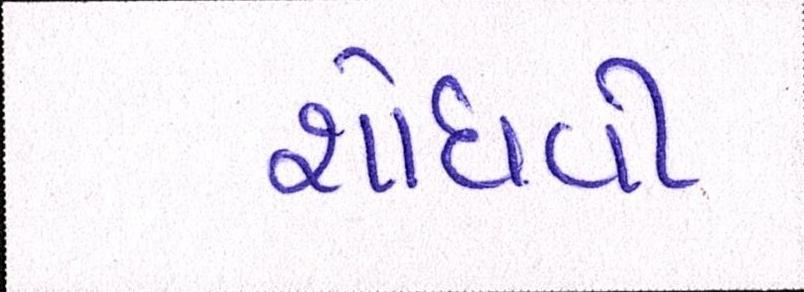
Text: શોધવી